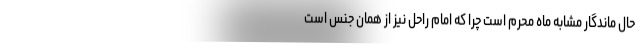
حال ماندگار مشابه ماه محرم است چرا که امام راحل نیز از همان جنس است